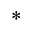
*